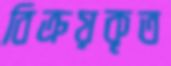
বিক্রয়কৃত